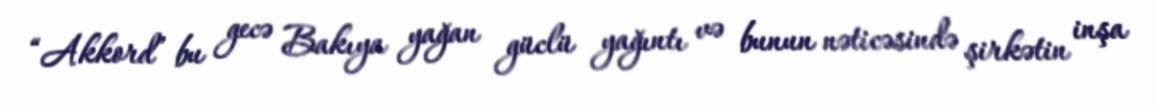
“Akkord” bu gecə Bakıya yağan güclü yağıntı və bunun nəticəsində şirkətin inşa